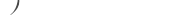
٤٥